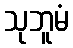
သုဘူမံ